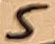
Text: 5